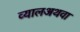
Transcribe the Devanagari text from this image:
व्यालअथवा